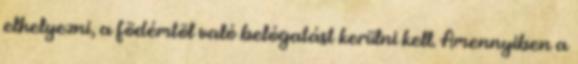
elhelyezni, a födémtõl való belógatást kerülni kell. Amennyiben a